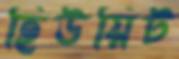
হিউয়িট